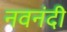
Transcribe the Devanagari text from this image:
नवनंदी